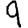
Digit: 9